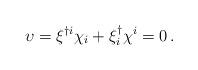
LaTeX: \begin{align*}\upsilon = \xi ^{\dagger i}\chi _i+\xi^\dagger_{ i}\chi ^i=0 \,. \end{align*}